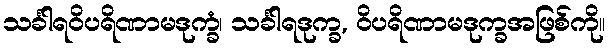
သင်္ခါရဝိပရိဏာမဒုက္ခံ၊ သင်္ခါရဒုက္ခ, ဝိပရိဏာမဒုက္ခအဖြစ်ကို။